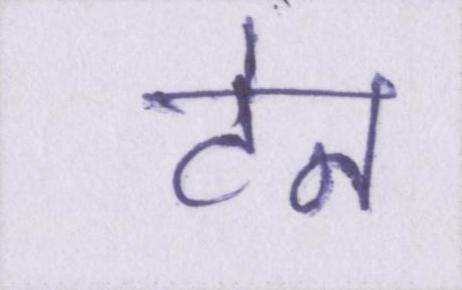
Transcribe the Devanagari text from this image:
टेन